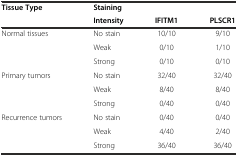
<table><thead><tr><td><b>Tissue Type</b></td><td><b>Staining</b></td><td></td><td></td></tr><tr><td></td><td><b>Intensity</b></td><td><b>IFITM1</b></td><td><b>PLSCR1</b></td></tr></thead><tbody><tr><td>Normal tissues</td><td>No stain</td><td>10/10</td><td>9/10</td></tr><tr><td></td><td>Weak</td><td>0/10</td><td>1/10</td></tr><tr><td></td><td>Strong</td><td>0/10</td><td>0/10</td></tr><tr><td>Primary tumors</td><td>No stain</td><td>32/40</td><td>32/40</td></tr><tr><td></td><td>Weak</td><td>8/40</td><td>8/40</td></tr><tr><td></td><td>Strong</td><td>0/40</td><td>0/40</td></tr><tr><td>Recurrence tumors</td><td>No stain</td><td>0/40</td><td>0/40</td></tr><tr><td></td><td>Weak</td><td>4/40</td><td>2/40</td></tr><tr><td></td><td>Strong</td><td>36/40</td><td>36/40</td></tr></tbody></table>